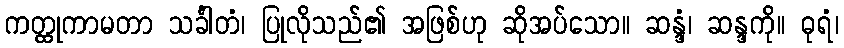
ကတ္ထုကာမတာ သင်္ခါတံ၊ ပြုလိုသည်၏ အဖြစ်ဟု ဆိုအပ်သော။ ဆန္ဒံ၊ ဆန္ဒကို။ ဓုရံ၊